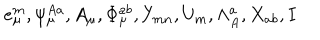
e _ { \mu } ^ { m } , \psi _ { \mu } ^ { A a } , A _ { \mu } , \Phi _ { \mu } ^ { a b } , Y _ { m n } , U _ { m } , \Lambda _ { A } ^ { a } , X _ { a b } , I